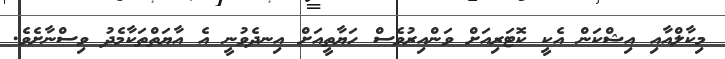
މިކާލްއާއި އިޝްކަން އެކީ ކޮޓަރިއަށް ވަންއިރުވެސް ހަޔާތީއަށް އިނދެވުނީ އެ އާޔަތްތަކާމެދު ވިސްނާށެވެ.